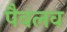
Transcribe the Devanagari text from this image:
पैवलव